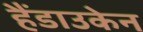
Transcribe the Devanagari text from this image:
हैंडाउकेन